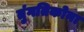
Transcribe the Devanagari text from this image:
तुंगतिकोना